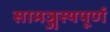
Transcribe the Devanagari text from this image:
सामञ्जस्यपूर्ण